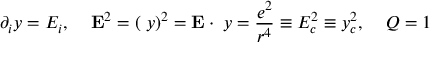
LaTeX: \partial _ { i } y = E _ { i } , \; \; \; \; { \bf E } ^ { 2 } = ( { \bf \nabla } y ) ^ { 2 } = { \bf E } \cdot { \bf \nabla } y = \frac { e ^ { 2 } } { r ^ { 4 } } \equiv E _ { c } ^ { 2 } \equiv y _ { c } ^ { 2 } , \; \; \; \; Q = 1